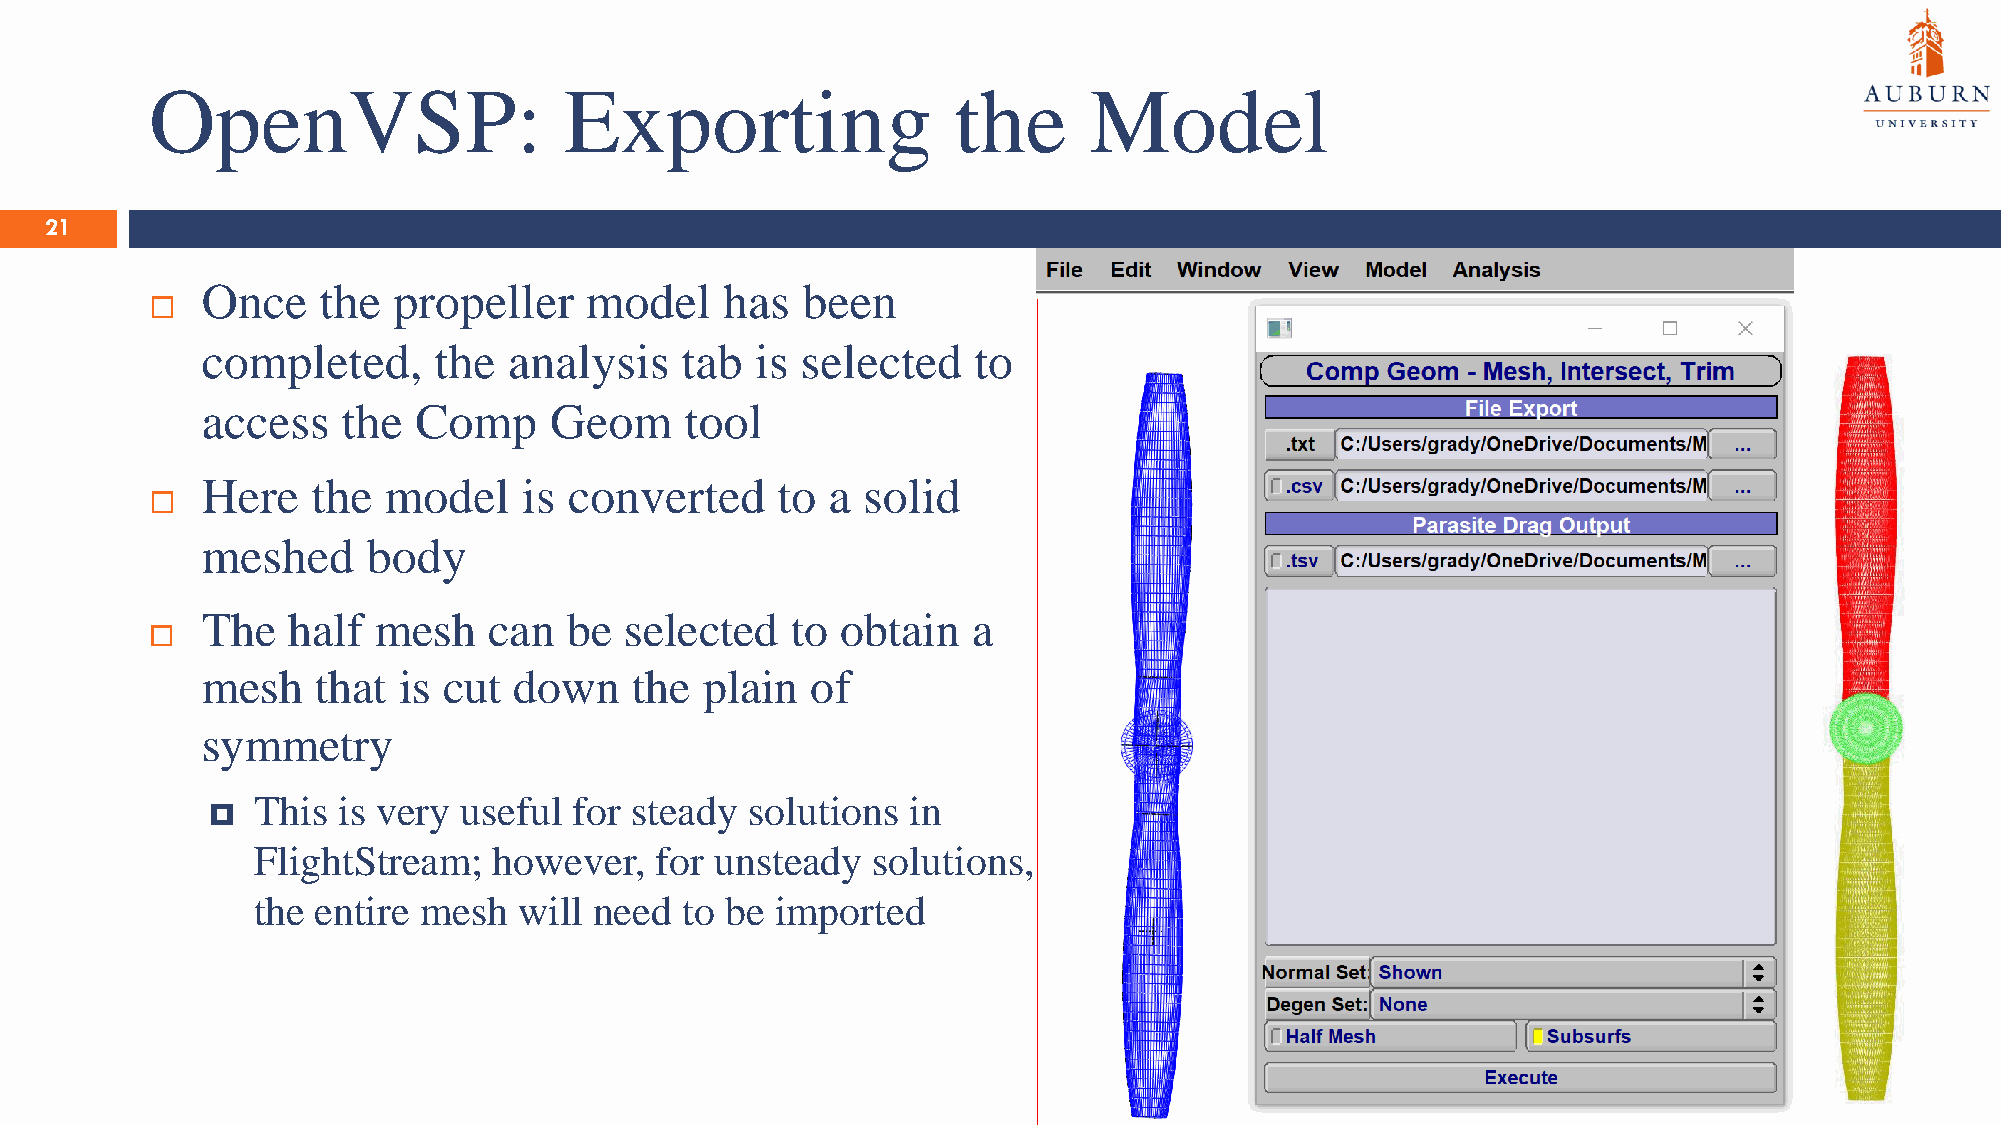
OpenVSP:                   Exporting                 the      Model
 21
 Once    the  propeller    model    has  been
 
 completed,      the  analysis   tab  is selected   to
 access    the Comp     Geom     tool
 Here    the model     is converted    to  a solid
 
 meshed     body
 The   half  mesh   can  be  selected   to  obtain  a
 
 mesh    that is cut  down    the plain   of
 symmetry
 This is very  useful for steady  solutions in
 
 FlightStream;   however,  for unsteady   solutions,
 the entire mesh  will need  to be imported